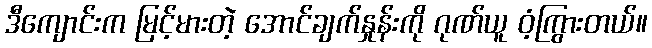
ဒီကျောင်းက မြင့်မားတဲ့ အောင်ချက်နှုန်းကို ဂုဏ်ယူ ဝံ့ကြွားတယ်။